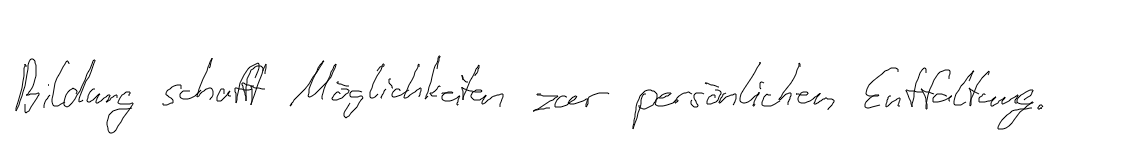
Bildung schafft Möglichkeiten zur persönlichen Entfaltung.